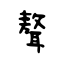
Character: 聱